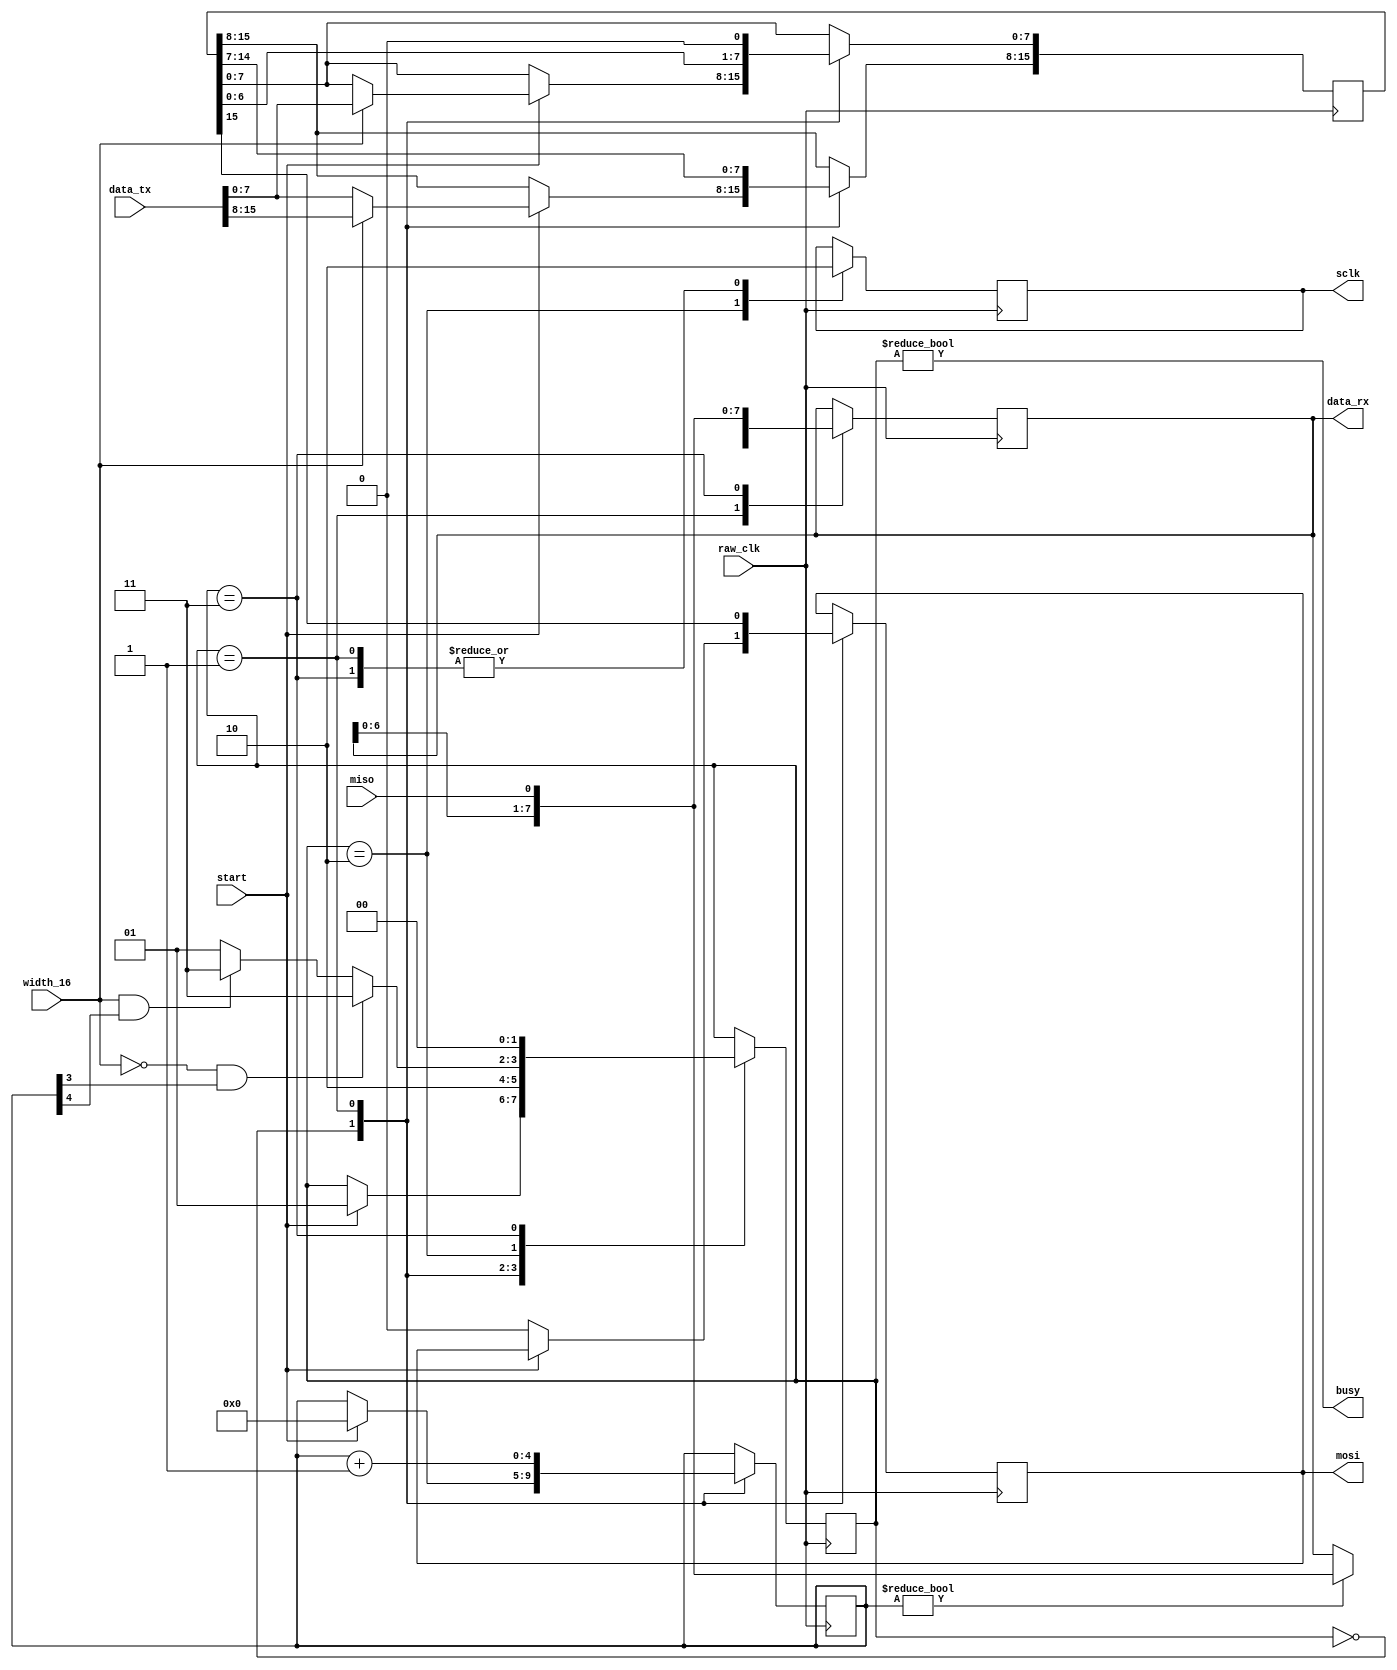
// micro86 (reduced Intel x86) FPGA Soft Processor
//     Web: https://www.mikekohn.net/
//   Board: iceFUN iCE40 HX8K
// License: MIT
//
// Copyright 2024 by Michael Kohn

module spi
(
  input  raw_clk,
  input  start,
  input  width_16,
  input  [15:0] data_tx,
  output [7:0] data_rx,
  output busy,
  output reg sclk,
  output reg mosi,
  input  miso
);

reg [1:0] state = 0;
// FIXME: Width only supports 8 bit on the receive side.
reg [7:0] rx_buffer;
reg [15:0] tx_buffer;
reg [4:0] count;

parameter STATE_IDLE    = 0;
parameter STATE_CLOCK_0 = 1;
parameter STATE_CLOCK_1 = 2;
parameter STATE_LAST    = 3;

assign data_rx = rx_buffer;
assign busy = state != STATE_IDLE;

always @(posedge raw_clk) begin
  case (state)
    STATE_IDLE:
      begin
        if (start) begin
          if (width_16)
            tx_buffer <= data_tx;
          else
            tx_buffer[15:8] <= data_tx[7:0];

          state <= STATE_CLOCK_0;
          count <= 0;
        end else begin
          mosi <= 0;
        end
      end
    STATE_CLOCK_0:
      begin
        sclk <= 0;

        if (count != 0) rx_buffer <= { rx_buffer[6:0], miso };

        tx_buffer <= tx_buffer << 1;
        //tx_buffer <= { tx_buffer[14:0], 1'b0 };
        mosi <= tx_buffer[15];

        count <= count + 1;
        state <= STATE_CLOCK_1;
      end
    STATE_CLOCK_1:
      begin
        sclk <= 1;

        if (width_16 == 0 && count[3]) begin
          state <= STATE_LAST;
        end else if (width_16 == 1 && count[4]) begin
          state <= STATE_LAST;
        end else begin
          state <= STATE_CLOCK_0;
        end
      end
    STATE_LAST:
      begin
        sclk <= 0;
        rx_buffer <= { rx_buffer[6:0], miso };
        state <= STATE_IDLE;
      end
  endcase
end

endmodule